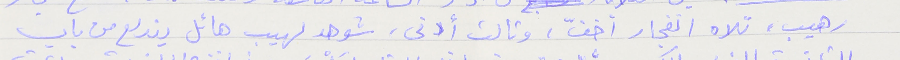
رهيب، تلاه انفجار أخفّ، وثالث أدنى، شوهد لهيب هائل يندلع من باب